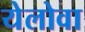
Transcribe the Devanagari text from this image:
येलोवा